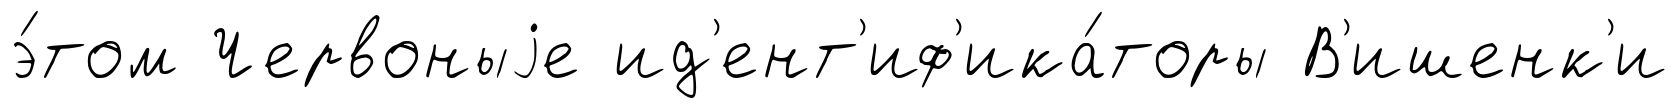
э́том Червоныjе ид'ент'иф'ика́торы В'ишенк'и